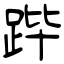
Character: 跸